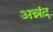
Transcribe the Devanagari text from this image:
अन्नंद